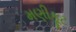
મણીકૂટ